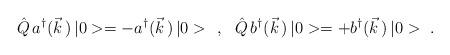
LaTeX: \begin{align*}\hat{Q}\,a^\dagger(\vec{k}\,)\,|0>=-a^\dagger(\vec{k}\,)\,|0>\ \ ,\ \ \hat{Q}\,b^\dagger(\vec{k}\,)\,|0>=+b^\dagger(\vec{k}\,)\,|0>\ .\end{align*}